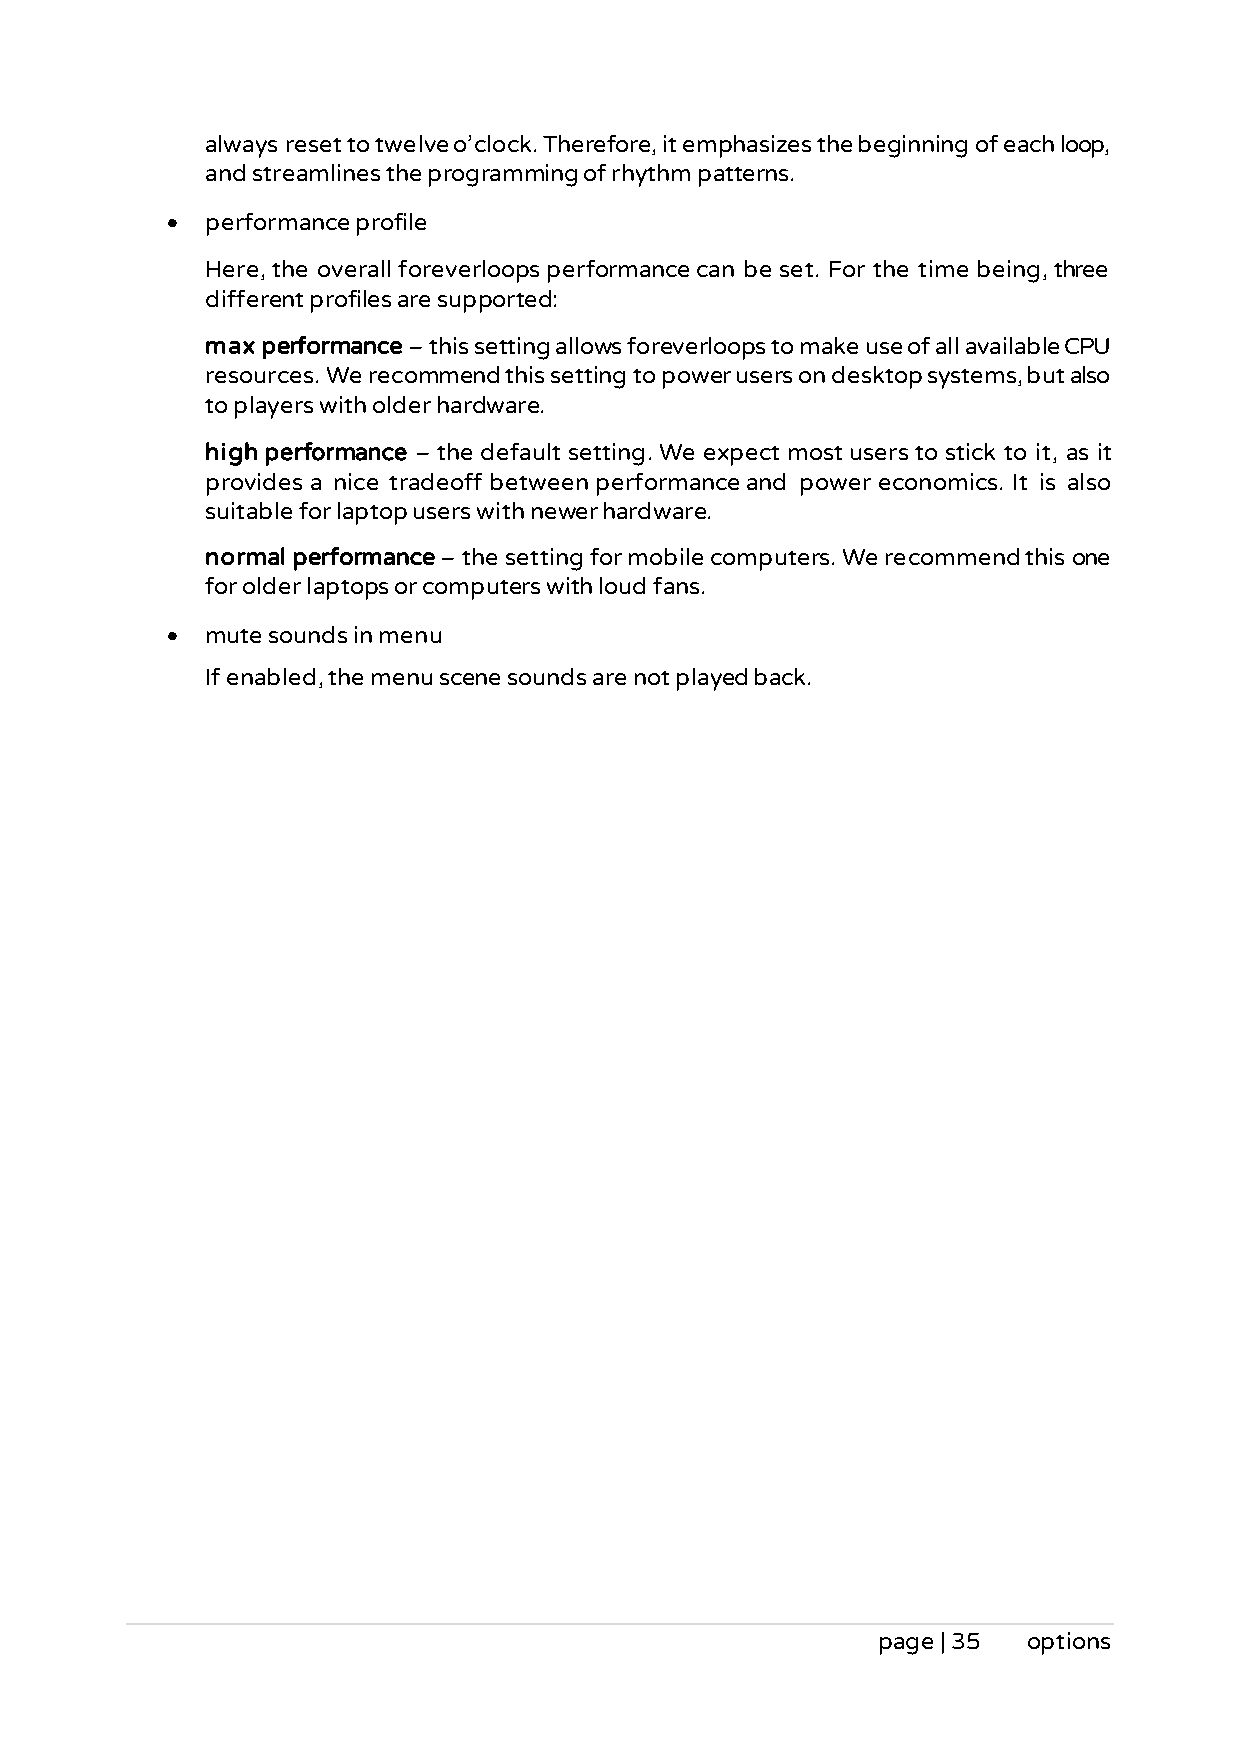
always reset to twelve o’clock. Therefore, it emphasizes the beginning of each loop,
 and streamlines the programming of rhythm patterns.
 •  performance profile
 Here, the overall foreverloops performance can be set. For the time being, three
 different profiles are supported:
 max performance – this setting allows foreverloops to make use of all available CPU
 resources. We recommend this setting to power users on desktop systems, but also
 to players with older hardware.
 high performance – the default setting. We expect most users to stick to it, as it
 provides a nice tradeoff between performance and power economics. It is also
 suitable for laptop users with newer hardware.
 normal performance – the setting for mobile computers. We recommend this one
 for older laptops or computers with loud fans.
 •  mute sounds in menu
 If enabled, the menu scene sounds are not played back.
 page | 35 options